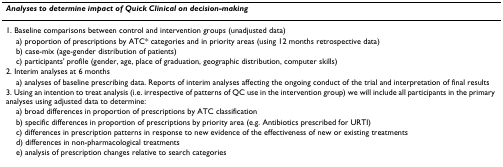
| Analyses to determine impact of Quick Clinical on decision-making |
 | --- |
 | 1. Baseline comparisons between control and intervention groups (unadjusted data) |
 | a) proportion of prescriptions by ATC* categories and in priority areas (using 12 months retrospective data) |
 | b) case-mix (age-gender distribution of patients) |
 | c) participants' profile (gender, age, place of graduation, geographic distribution, computer skills) |
 | 2. Interim analyses at 6 months |
 | a) analyses of baseline prescribing data. Reports of interim analyses affecting the ongoing conduct of the trial and interpretation of final results |
 | 3. Using an intention to treat analysis (i.e. irrespective of patterns of QC use in the intervention group) we will include all participants in the primary analyses using adjusted data to determine: |
 | a) broad differences in proportion of prescriptions by ATC classification |
 | b) specific differences in proportion of prescriptions by priority area (e.g. Antibiotics prescribed for URTI) |
 | c) differences in prescription patterns in response to new evidence of the effectiveness of new or existing treatments |
 | d) differences in non-pharmacological treatments |
 | e) analysis of prescription changes relative to search categories |